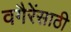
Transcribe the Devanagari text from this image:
वगैरेंसाठी